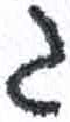
אות: ג